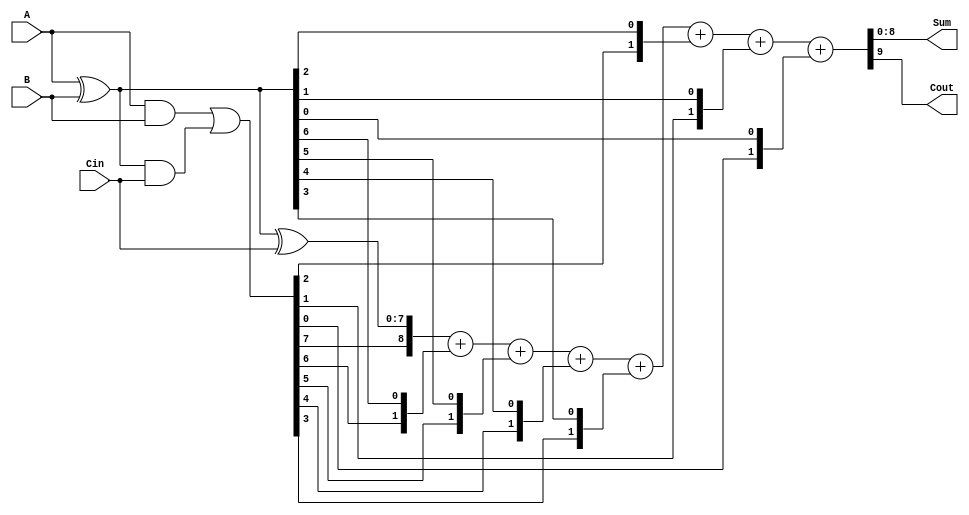
module brent_kung_adder (
    input wire [7:0] A,
    input wire [7:0] B,
    input wire Cin,
    output reg [8:0] Sum,
    output reg Cout
);

wire [7:0] P, G, S, C;

assign P = A ^ B;
assign G = A & B;
assign S = P ^ Cin;
assign C = G | (P & Cin);

assign {Cout, Sum} = {C[7], S} + {C[6], P[6]} + {C[5], P[5]} + {C[4], P[4]} + {C[3], P[3]} + {C[2], P[2]} + {C[1], P[1]} + {C[0], P[0]};

endmodule